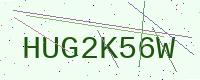
Text: HUG2K56W